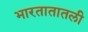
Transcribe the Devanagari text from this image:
भारतातातली